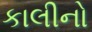
કાલીનો